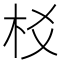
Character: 𣏠